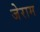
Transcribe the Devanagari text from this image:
जेराम